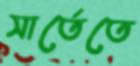
সার্তেতে